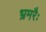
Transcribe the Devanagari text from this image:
भ्रमरैः